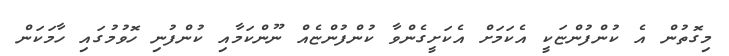
މިގޮތުން އެ ކުންފުންޏަކީ އެކަމަށް އެކަށީގެންވާ ކުންފުންޏެއް ނޫންކަމާއި ކުންފުނި ހޮވުމުގައި ހާމަކަން